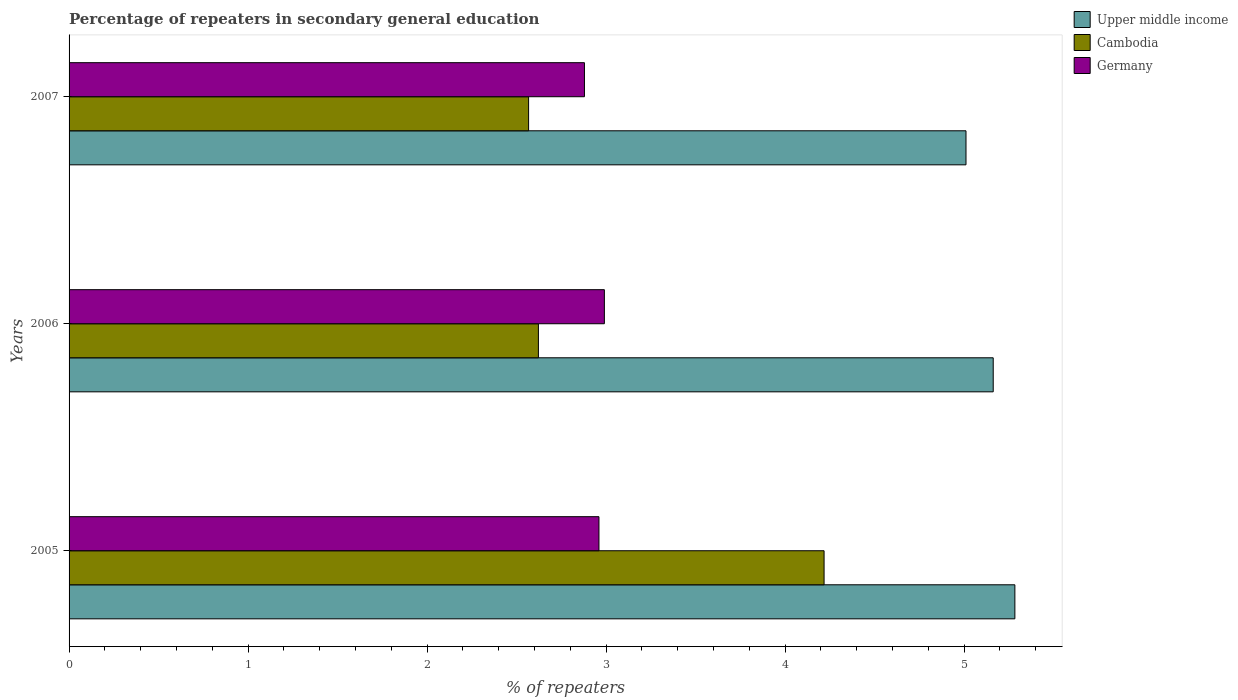
| Years | Upper middle income | Cambodia | Germany |
 | --- | --- | --- | --- |
 | 2005 | 5.28 | 4.22 | 2.96 |
 | 2006 | 5.16 | 2.62 | 2.99 |
 | 2007 | 5.01 | 2.57 | 2.88 |